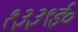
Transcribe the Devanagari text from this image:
१३३९ई०